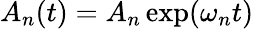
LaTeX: A_{n}(t)=A_{n}\exp(\omega_{n}t)